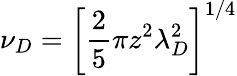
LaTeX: \nu_{D}=\left[\frac{2}{5}\pi z^{2}\lambda_{D}^{2}\right]^{1/4}